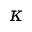
\kappa